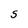
Character: S